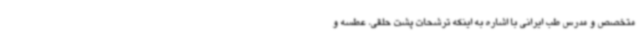
متخصص و مدرس طب ایرانی با اشاره به اینکه ترشحات پشت حلقی، عطسه و